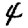
Digit: 4